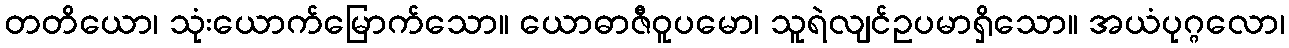
တတိယော၊ သုံးယောက်မြောက်သော။ ယောဓာဇီဝူပမော၊ သူရဲလျင်ဥပမာရှိသော။ အယံပုဂ္ဂလော၊